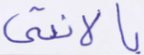
بالأنثى